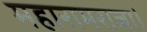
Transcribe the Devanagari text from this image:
महारामराजा।